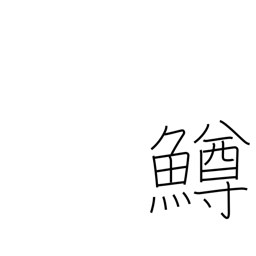
Meaning: salmon trout